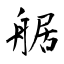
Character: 艍